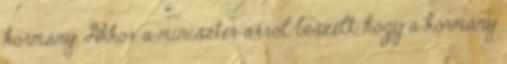
kormány. Akkor a miniszter arról beszélt, hogy a kormány